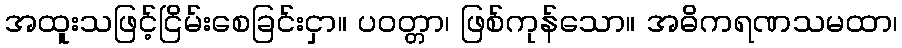
အထူးသဖြင့်ငြိမ်းစေခြင်းငှာ။ ပဝတ္တာ၊ ဖြစ်ကုန်သော။ အဓိကရဏသမထာ၊